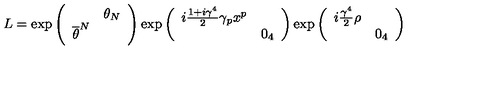
L = \exp \left( \begin{array} { c c } { } & { \theta _ { N } } \\ { \overline { { \theta } } ^ { N } } & { } \\ \end{array} \right) \exp \left( \begin{array} { c c } { i \frac { 1 + i \gamma ^ { 4 } } { 2 } \gamma _ { p } x ^ { p } } & { } \\ { } & { 0 _ { 4 } } \\ \end{array} \right) \exp \left( \begin{array} { c c } { i \frac { \gamma ^ { 4 } } { 2 } \rho } & { } \\ { } & { 0 _ { 4 } } \\ \end{array} \right)